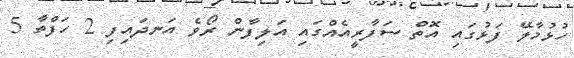
ހުޅުމާލޭ ފަޅުގައި އޮތް ސަފާރީއެއްގައި އަލިފާން ރޯވެ އަނދައިފި 2 ހަފްތާ 5